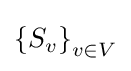
\left\{S_{v}\right\}_{v\in V}